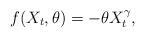
LaTeX: \begin{align*}f(X_{t},\theta)=-\theta X^{\gamma}_{t},\end{align*}